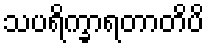
သပရိက္ခာရတာတိပိ